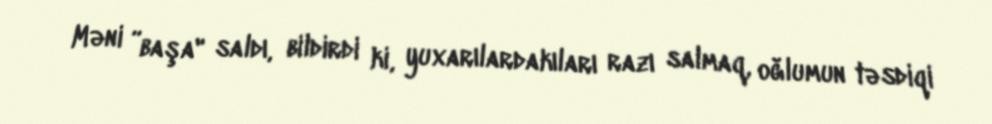
Məni ”başa" saldı, bildirdi ki, yuxarılardakıları razı salmaq, oğlumun təsdiqi